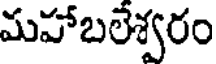
మహాబలేశ్వరం